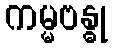
ကမ္မဗန္ဓု